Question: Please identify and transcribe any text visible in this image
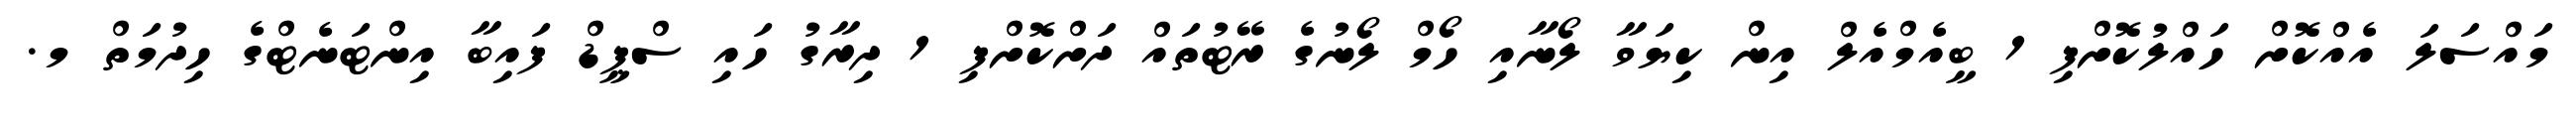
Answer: މައްސަލަ އެއްކޮށް ހައްލުކޮށްފި 1 ބީއެމްއެލް އިން ކިޔަވާ ލޯނާއި ހޯމް ލޯނުގެ ރޭޓުތައް ދަށްކޮށްފި 1 ދިރާގު ހައި ސްޕީޑް ފައިބާ އިންޓަނެޓްގެ ހިދުމަތް މ.